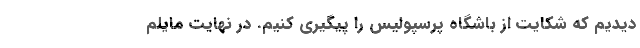
‌دیدیم که شکایت از باشگاه پرسپولیس را پیگیری کنیم. در نهایت مایلم